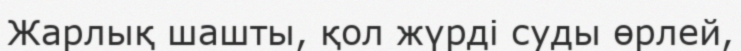
Жарлық шашты, қол жүрді суды өрлей,